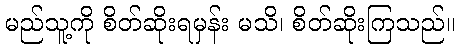
မည်သူ့ကို စိတ်ဆိုးရမှန်း မသိ၊ စိတ်ဆိုးကြသည်။